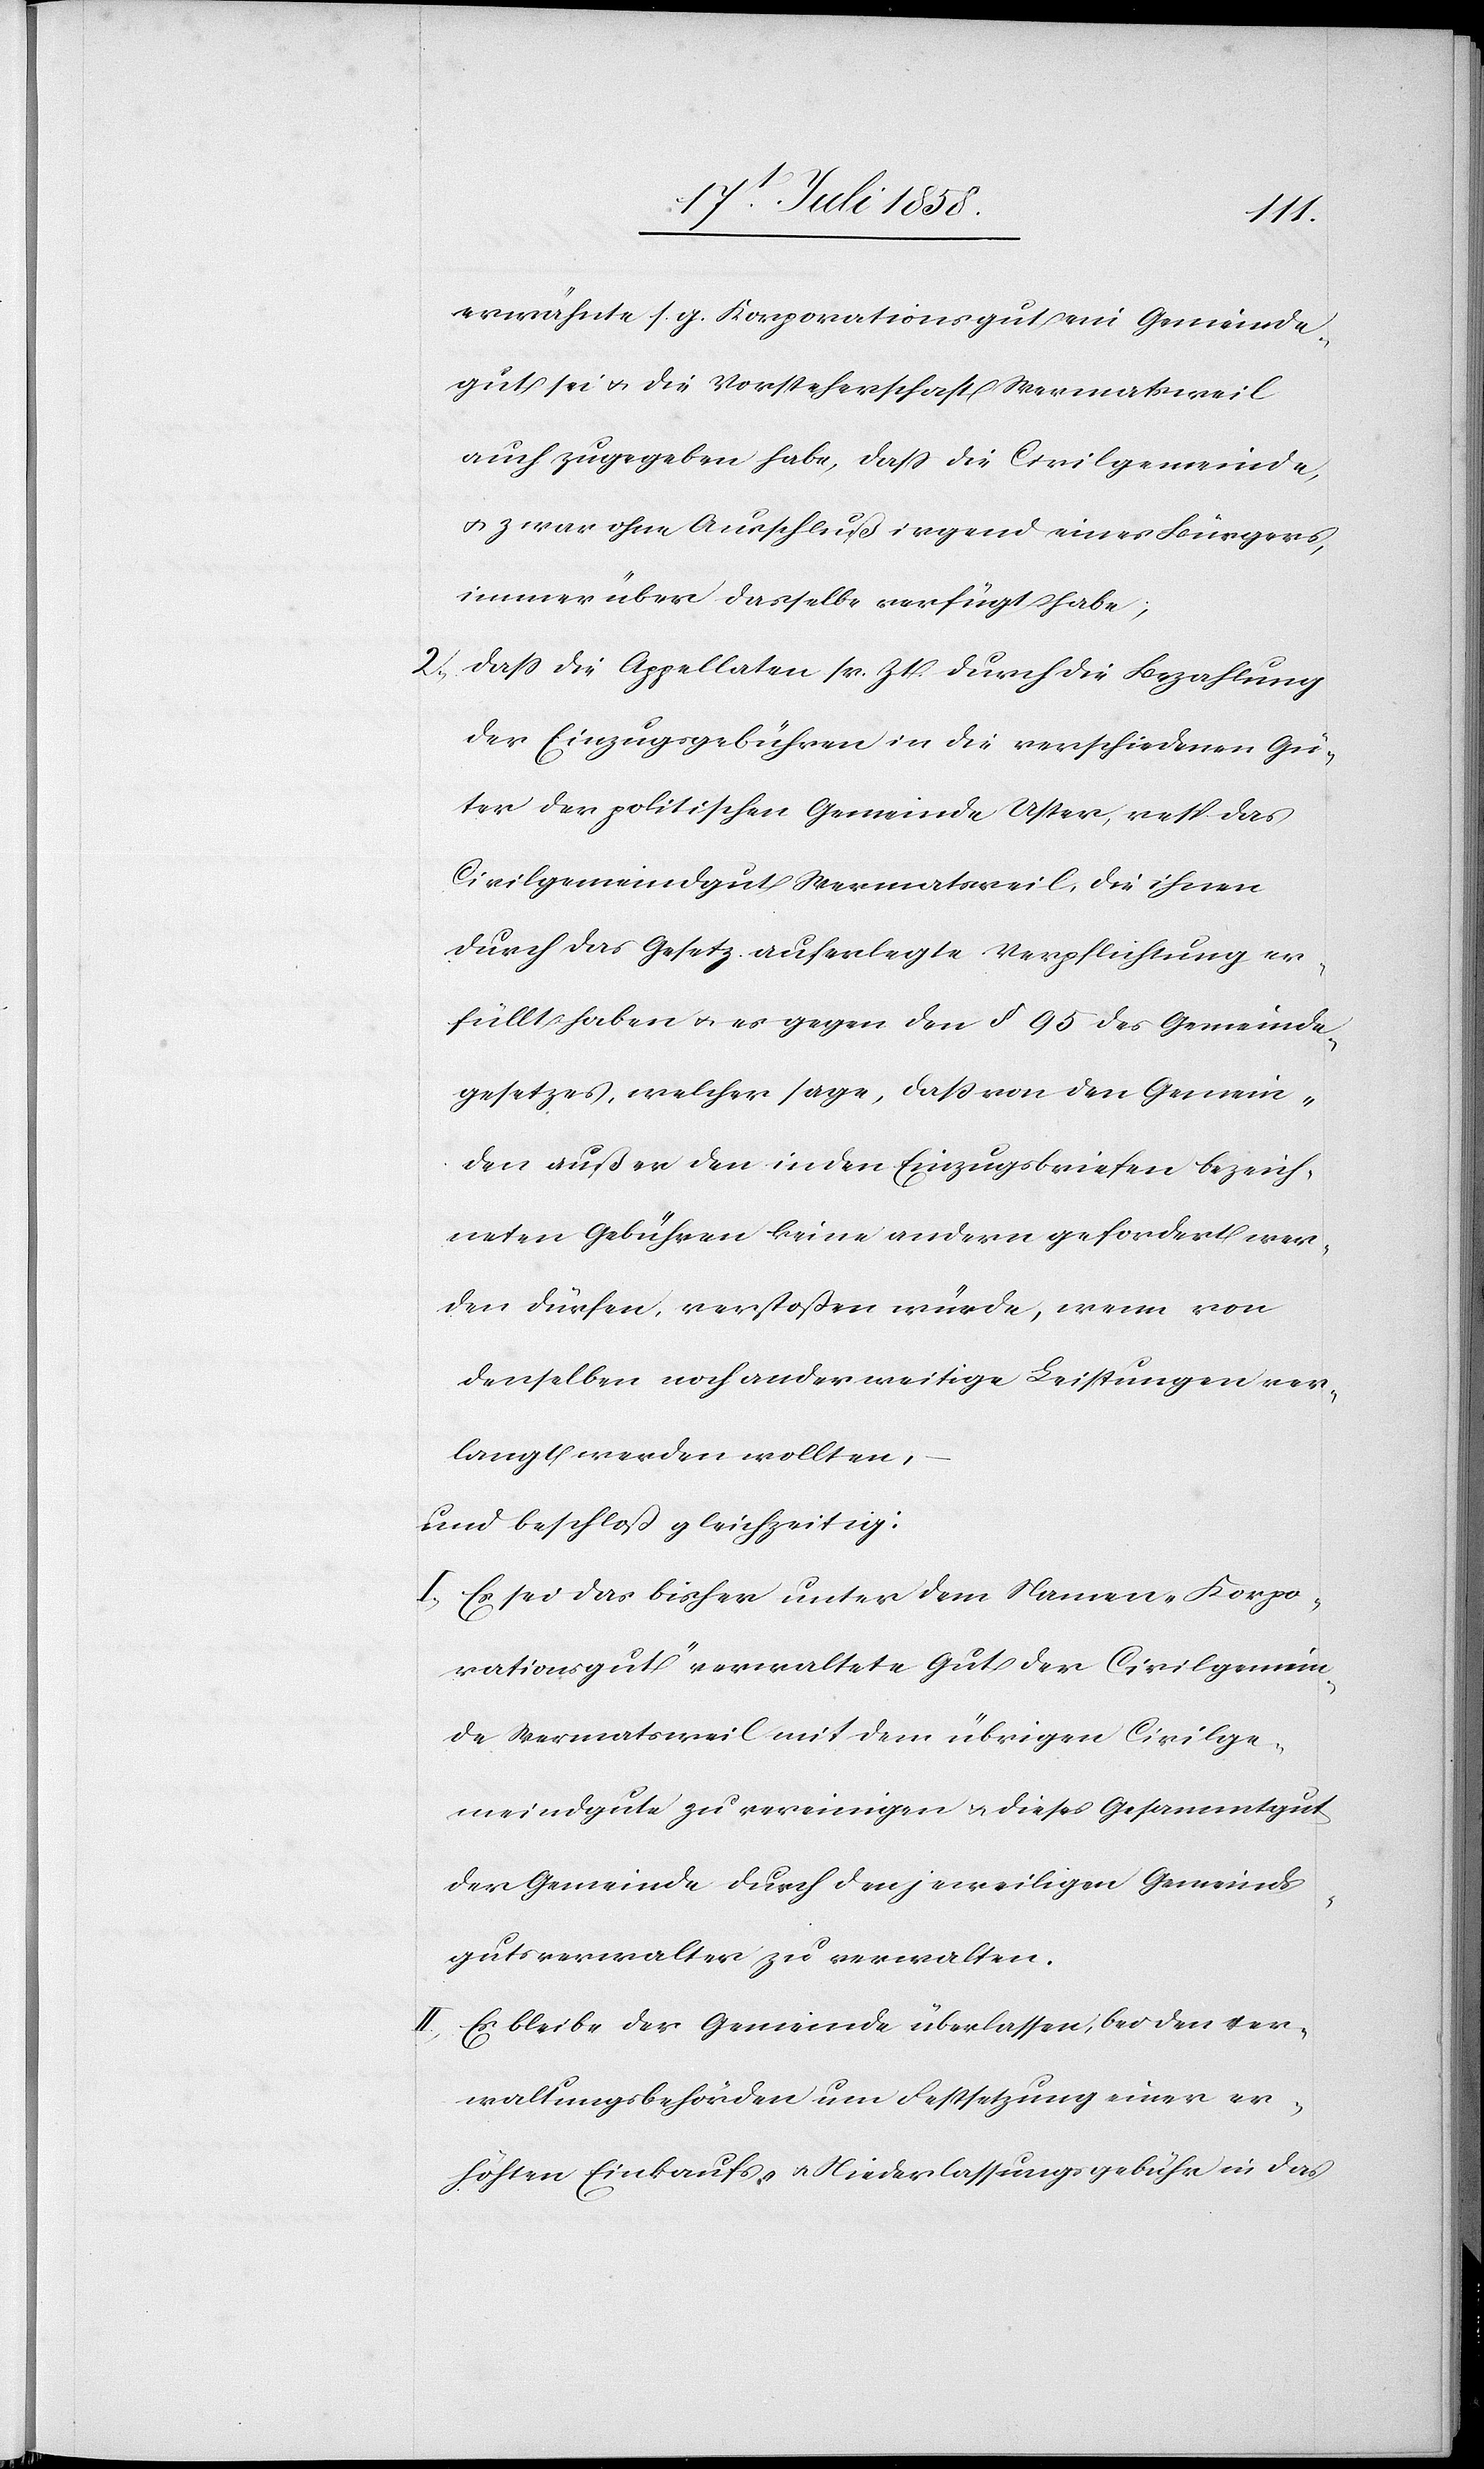
erwähnte s. g. Korporationsgut ein Gemeinde¬
gut sei & die Vorsteherschaft Wermatsweil
auch zugegeben habe, dass die Civilgemeinde,
& zwar ohne Ausschluß irgend eines Bürgers,
immer über dasselbe verfügt habe;
dass die Appellaten sr. Zt. durch die Bezahlung
der Einzugsgebühren in die verschiedenen Gü¬
ter der politischen Gemeinde Uster, resp. das
Civilgemeindgut Wermatsweil, die ihnen
durch das Gesetz auferlegte Verpflichtung er¬
füllt haben & es gegen den § 95 des Gemeinde¬
gesetzes, welcher sage, dass von den Gemein¬
den außer den in den Einzugsbriefen bezeich¬
neten Gebühren keine andern gefordert wer¬
den dürfen, verstoßen würde, wenn von
denselben noch anderweitige Leistungen ver¬
langt werden wollten,
und beschloß gleichzeitig:
Es sei das bisher unter dem Namen „Korpo¬
rationsgut“ verwaltete Gut der Civilgemein¬
de Wermatsweil mit dem übrigen Civilge¬
meindgute zu vereinigen & dieses Gesammtgut
der Gemeinde durch den jeweiligen Gemeinds¬
gutsverwalter zu verwalten.
Es bleibe der Gemeinde überlassen, bei den Ver¬
waltungsbehörden um Festsetzung einer er¬
höhten Einkaufs- & Niederlassungsgebühr in das